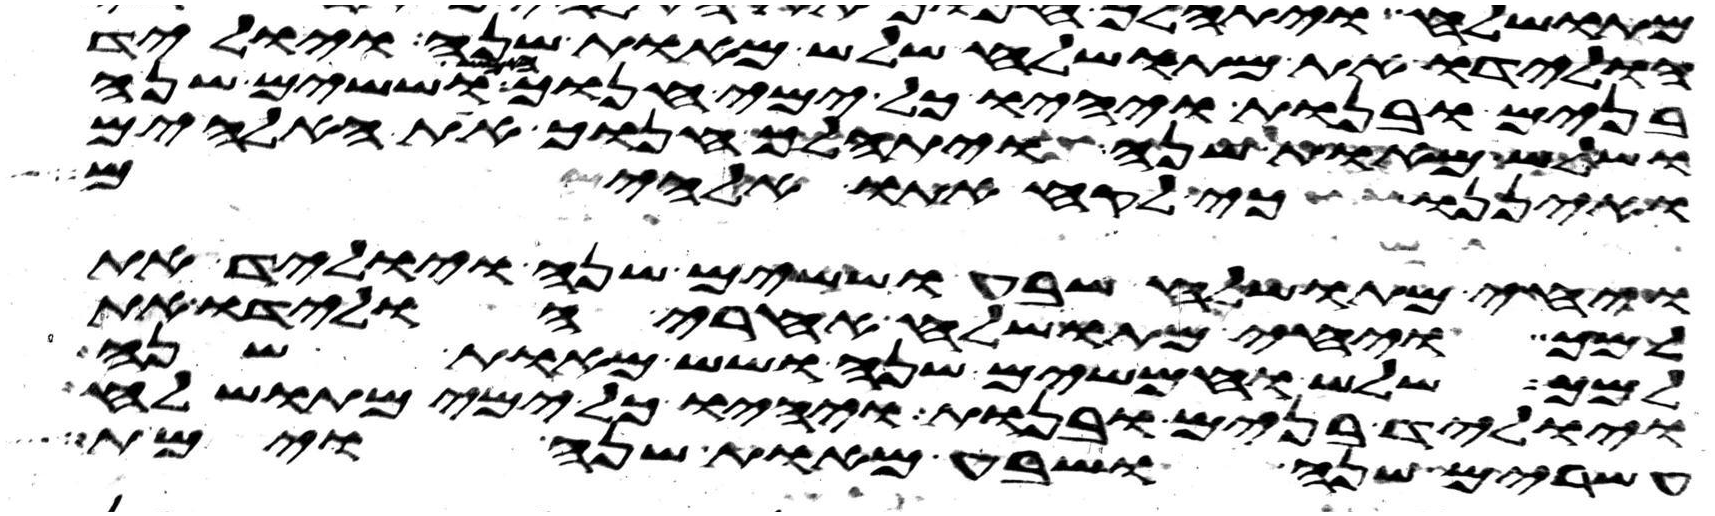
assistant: הולידו את מתושלח שלש מאות שנה ויוליד
בנים ובנות ויהיו כל ימי חנוך חמש וששים שנה
ושלש מאות שנה ויתהלך חנוך את האלהים
ואיננו כי לקח אתו אלהים
ויחי מתושלח שבע וששים שנה ויוליד את
למך ויחי מתושלח אחרי הולידו את
למך שלש וחמשים שנה ושש מאות שנה
ויוליד בנים ובנות ויהיו כל ימי מתושלח
עשרים שנה ושבע מאות שנה וימת